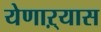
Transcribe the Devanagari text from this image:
येणाऱ्यास